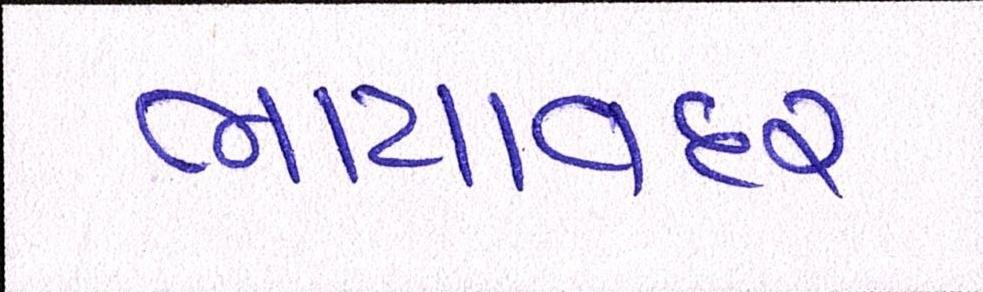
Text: ભાયાવદર